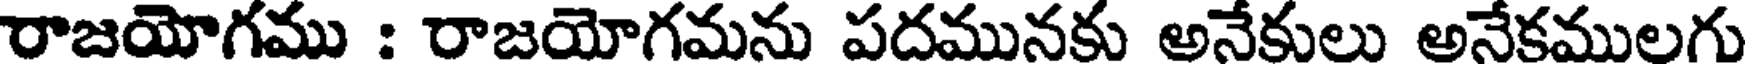
రాజయోగము : రాజయోగమను పదమునకు అనేకులు అనేకములగు